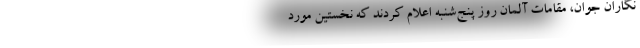
نگاران جوان، مقامات آلمان روز پنج‌شنبه اعلام کردند که نخستین مورد